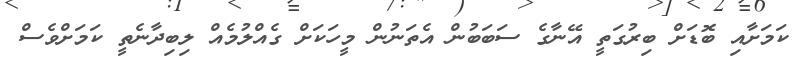
ކަމަށާއި ބޮޑަށް ބިރުގަތީ އޭނާގެ ސަބަބުން އެތަނުން މީހަކަށް ގެއްލުމެއް ލިބިދާނެތީ ކަމަށްވެސް